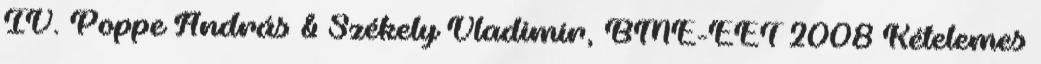
IV. Poppe András & Székely Vladimír, BME-EET 2008 Kételemes